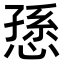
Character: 愻